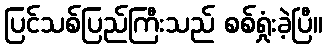
ပြင်သစ်ပြည်ကြီးသည် စစ်ရှုံးခဲ့ပြီ။